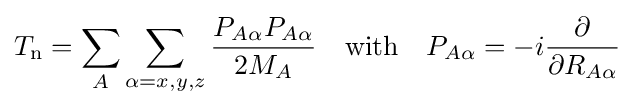
T_{\text{n}}=\sum _{A}\sum _{\alpha =x,y,z}{\frac {P_{A\alpha }P_{A\alpha }}{2M_{A}}}\quad {\text{with}}\quad P_{A\alpha }=-i{\frac {\partial }{\partial R_{A\alpha }}}